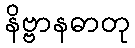
နိဗ္ဗာနဓာတု